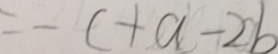
= - c + a - 2 b